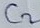
Text: C2